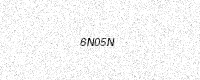
Text: 6N05N